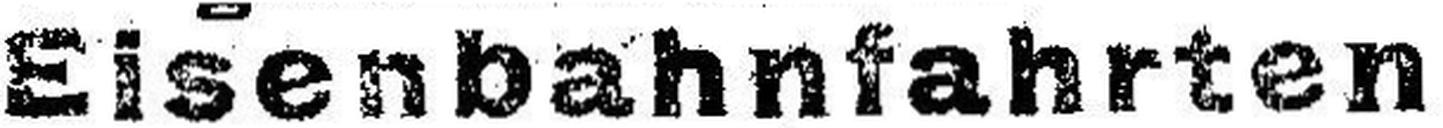
Eisenbahnfahrten